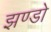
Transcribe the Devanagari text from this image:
झण्डो